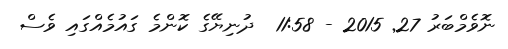
ނޮވެމްބަރު 27